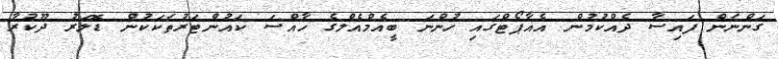
ގަންނަން ފައިސާ ދެއްކުމުން އެއާޕޯޓްގައި ހުންނަ ބީއެމްއެލްގެ ހާއްސަ ކައުންޓަރުތަކަކުން ޑޮލަރު ދޫކުރާ